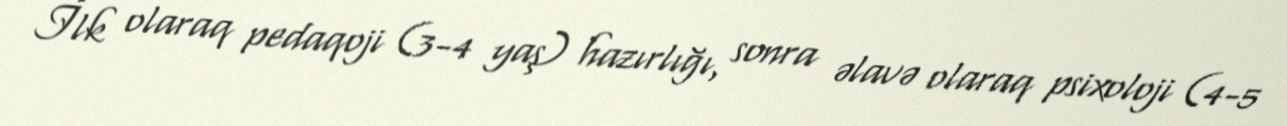
İlk olaraq pedaqoji (3-4 yaş) hazırlığı, sonra əlavə olaraq psixoloji (4-5